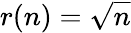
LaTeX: r(n)=\sqrt{n}